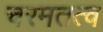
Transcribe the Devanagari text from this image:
चरमतत्व